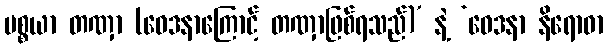
ပစ္စယာ တဏှာ (ဝေဒနာကြောင့် တဏှာဖြစ်ရသည်)’ နဲ့ ‘ဝေဒနာ နိရောဓာ